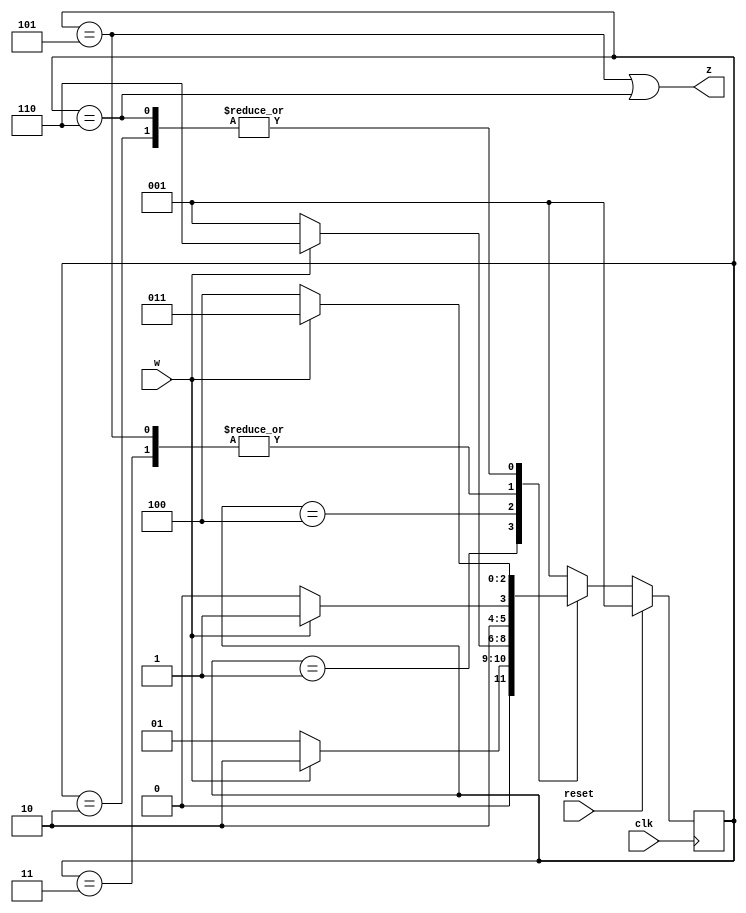
module top_module (
    input clk,
    input reset,   // Synchronous active-high reset
    input w,
    output z
);

    localparam A=3'h1, B=3'h2, C=3'h3, D=3'h4, E=3'h5, F=3'h6;
    reg [2:0] state, next_state;
    
    always @(*) begin
        case(state)
            A:	next_state = w? B : A;
            B:	next_state = w? C : D;
            C:	next_state = w? E : D;
            D:	next_state = w? F : A;
            E:	next_state = w? E : D;
            F:	next_state = w? C : D;
            default:	next_state = A;
        endcase
    end
    
    always @(posedge clk) begin
        if(reset)
            state <= A;
        else
            state <= next_state;
    end
    
    assign z = (state == E) || (state == F);
    
endmodule